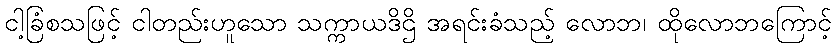
ငါ့ခြံစသဖြင့် ငါတည်းဟူသော သက္ကာယဒိဌိ အရင်းခံသည့် လောဘ၊ ထိုလောဘကြောင့်